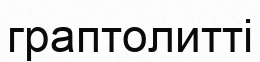
граптолитті